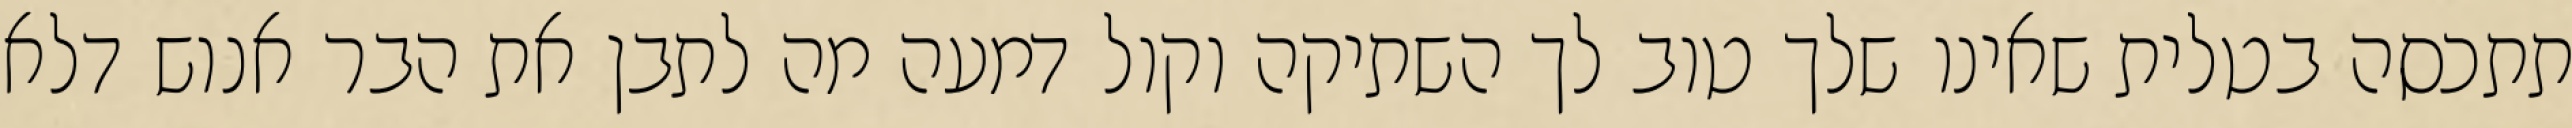
תתכסה בטלית שאינו שלך טוב לך השתיקה וקול דמעה מה לתבן את הבר אנוש דלא